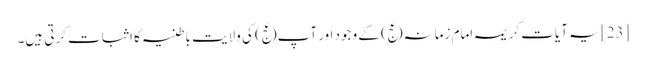
[23] یہ آیات کریمہ امام زمانہ(عج) کے وجود اور آپ(عج) کی ولایت باطنیہ کا اثبات کرتی ہیں۔